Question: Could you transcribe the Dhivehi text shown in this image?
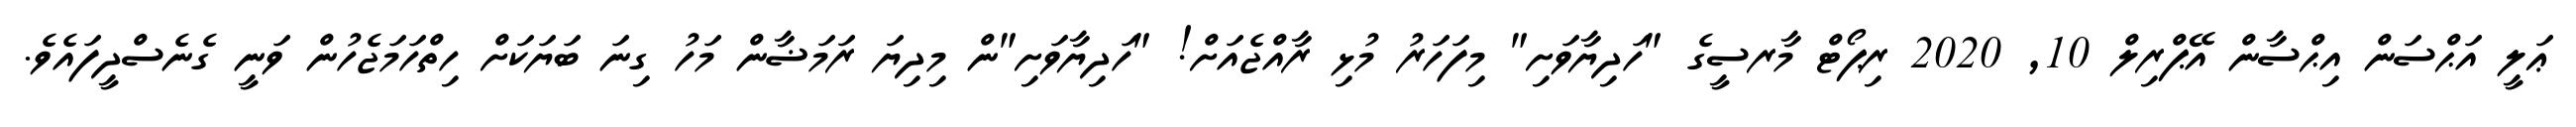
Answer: ޢަލީ އަޙްސަން އިޙްސާން އޭޕްރިލް 10, 2020 ރިޕޯޓް މާރސީގެ "ހަދިޔާވަށި" މިފަހަރު މުޅި ރާއްޖެއަށް! "ހަދިޔާވަށި"ން މިދިޔަ ރަމަޟާން މަހު ގިނަ ބަޔަކަށް ހިތްހަމަޖެހުން ވަނީ ގެނެސްދީފައެވެ.